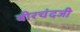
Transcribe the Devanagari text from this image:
वीरचंदजी